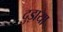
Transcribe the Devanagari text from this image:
दुड़ाया